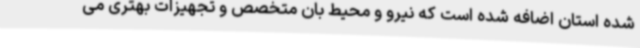
شده استان اضافه شده است که نیرو و محیط بان متخصص و تجهیزات بهتری می